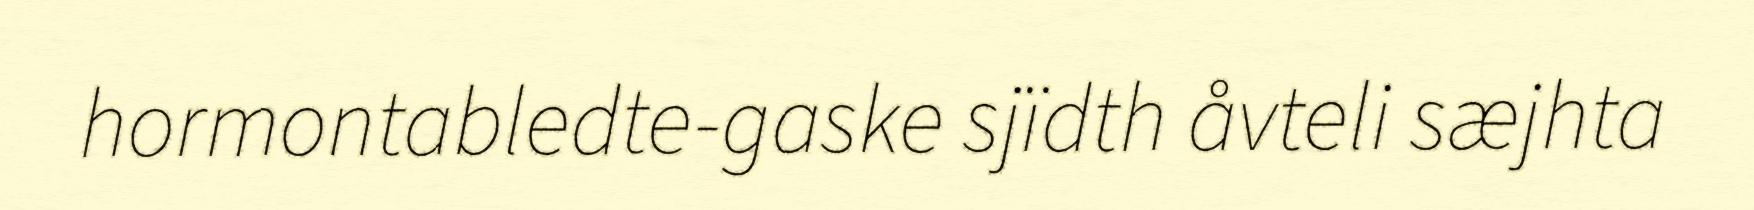
hormontabledte-gaske sjïdth åvteli sæjhta